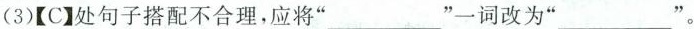
(3)【C】处句子搭配不合理，应将”___”一词改为”___ ”。